Medical and sanitary report of the native army of Bengal for the year
Year: 1874
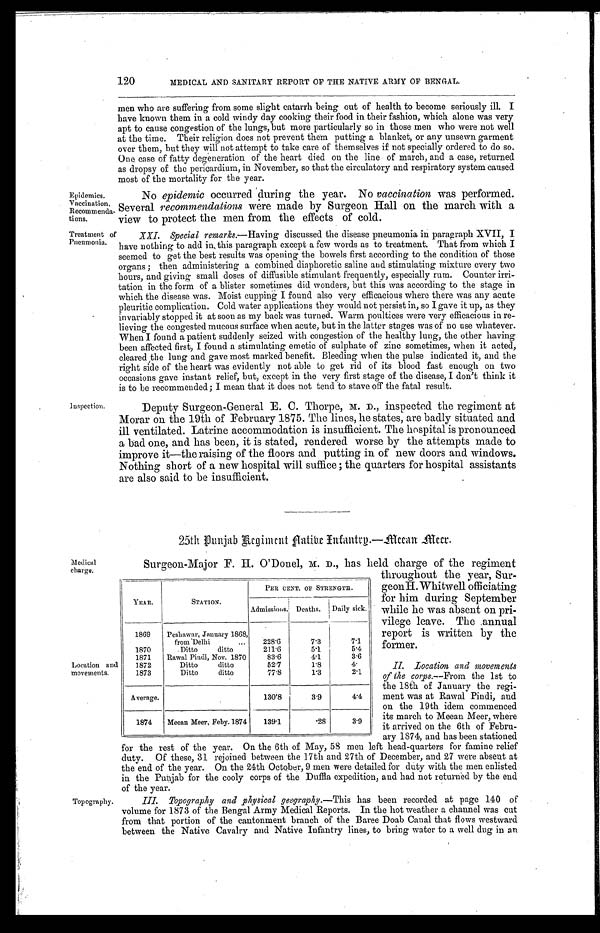
Epidemics.
Vaccination.
Recommenda-
tions.
Treatment of
Pneumonia.
120
MEDICAL AND SANITARY REPORT OF THE NATIVE ARMY OF BENGAL.
men who are suffering from some slight catarrh being out of health to become seriously ill. I
have known them in a cold windy day cooking their food in their fashion, which alone was very
apt to cause congestion of the lungs, but more particularly so in those men who were not well
at the time. Their religion does not prevent them putting a blanket, or any unsewn garment
over them, but they will not attempt to take care of themselves if not specially ordered to do so.
One case of fatty degeneration of the heart died on the line of march, and a case, returned
as dropsy of the pericardium, in November, so that the circulatory and respiratory system caused
m o s t o f t h e m o r t a l i t y f o r t h e y e a r .
No epidemic occurred during the year. No vaccination was performed.
Several recommendations were made by Surgeon Hall on the march with a
view to protect the men from the effects of cold.
XXI. Special remarks.— Having discussed the disease pneumonia in paragraph XVII, I
have nothing to add in, this paragraph except a few words as to treatment. That from which I
seemed to get the best results was opening the bowels first according to the condition of those
organs; then administering a combined diaphoretic saline and stimulating mixture every two
hours, and giving small doses of diffusible stimulant frequently, especially rum. Counter irri--
tation in the form of a blister sometimes did wonders, but this was according to the stage in
which the disease was. Moist cupping I found also very efficacious where there was any acute
pleuritic complication. Cold water applications they would not persist in, so I gave it up, as they
invariably stopped it at soon as my back was turned. Warm poultices were very efficacious in re--
lieving the congested mucous surface when acute, but in the latter stages was of no use whatever.
When I found a patient suddenly seized with congestion of the healthy lung, the other having
been affected first, I found a stimulating emetic of sulphate of zinc sometimes, when it acted,
cleared the lung and gave most marked benefit. Bleeding when the pulse indicated it, and the
right side of the heart was evidently not able to get rid of its blood fast enough on two
occasions gave instant relief, but, except in the very first stage of the disease, I don't think it
is to be recommended; I mean that it does not tend to stave off the fatal result.
Inspection.
Deputy Surgeon-General E. C. Thorpe, M. D., inspected the regiment at
Morar on the 19th of February 1875. The lines, he states, are badly situated and
ill ventilated. Latrine accommodation is insufficient. The hospital is pronounced
a bad one, and has been, it is stated, rendered worse by the attempts made to
improve it—the raising of the floors and putting in of new doors and windows.
Nothing short of a new hospital will suffice; the quarters for hospital assistants
are also said to be insufficient.
25th Punjab Regiment Native Infantry.—Meean Meer.
Medical
charge.
Location and
movements.
Topography.
Surgeon-Major F. H. O'Donel, M. D., has held charge of the regiment
throughout the year, Sur
-geon H.Whitwell officiating
for him during September
while he was absent on pri
-vilege leave. The annual
report is written by the
former.
II. Location and movements
of the corps.—From the 1st to
the 18th of January the regi
- m e n t w a s a t R a w a l P i n d i , a n d
on the 19th idem commenced
its march to Meean Meer, where
it arrived on the 6th of Febru
-ary 1874, and has been stationed
for the rest of the year. On the 6th of May, 58 men left head-quarters for famine relief
duty. Of these, 31 rejoined between the 17th and 27th of December, and 27 were absent at
the end of the year. On the 24th October, 9 men were detailed for duty with the men enlisted
in the Punjab for the cooly corps of the Duffla expedition, and had not returned by the end
of the year.
III. Topography and physical geography.— This has been recorded at page 140 of
volume for 1873 of the Bengal Army Medical Reports. In the hot weather a channel was cut
from that portion of the cantonment branch of the Baree Doab Canal that flows westward
between the Native Cavalry and Native Infantry lines, to bring water to a well dug in an
YEAR.
STATION.
PER CENT. OF STRENGTH.
Admissions. Deaths.
D a i l y s i c k .
1869
Peshawar, January 1868,
from Delhi . . .
228.6
7.3
7.1
1870
Ditto
ditto
211.6
5.1
5.4
1871
Rawal Pindi, Nov. 1870
83.6
4.1
3.6
1872
Ditto
ditto
52.7
1.8
4.
1873
Ditto
ditto
77.8
1.3
2.1
Average.
130.8
3.9
4.4
1874
Meean Meer, Feby.1874
139.1
.28
3.9